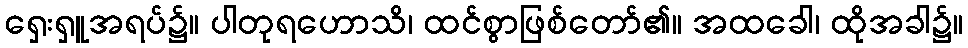
ရှေးရှူအရပ်၌။ ပါတုရဟောသိ၊ ထင်စွာဖြစ်တော်၏။ အထခေါ၊ ထိုအခါ၌။